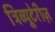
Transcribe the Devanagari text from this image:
ट्रिव्यूटेरीज़